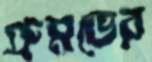
গ্রুমভের